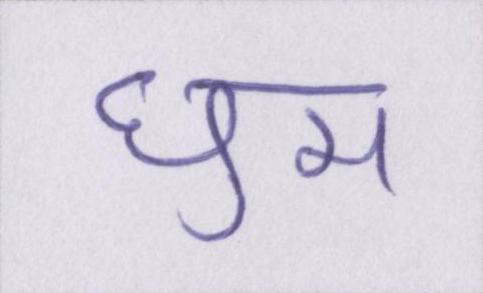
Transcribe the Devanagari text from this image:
घुम